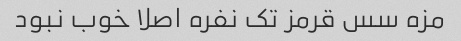
مزه سس قرمز تک نفره اصلا خوب نبود